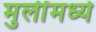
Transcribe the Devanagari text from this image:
मुलींमध्ये